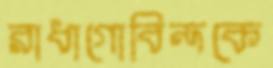
রাধাগোবিন্দকে